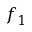
f _ { 1 }